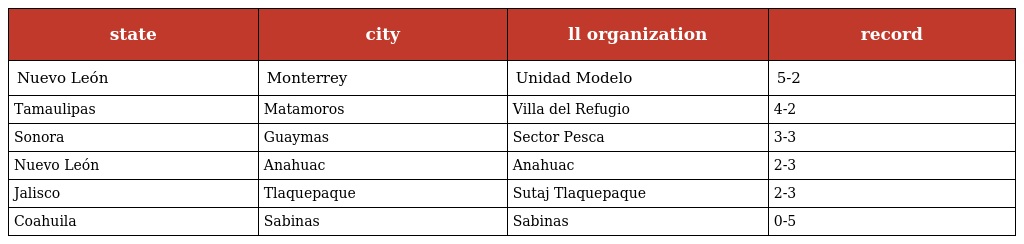
| state | city | ll organization | record |
 | --- | --- | --- | --- |
 | Nuevo León | Monterrey | Unidad Modelo | 5-2 |
 | Tamaulipas | Matamoros | Villa del Refugio | 4-2 |
 | Sonora | Guaymas | Sector Pesca | 3-3 |
 | Nuevo León | Anahuac | Anahuac | 2-3 |
 | Jalisco | Tlaquepaque | Sutaj Tlaquepaque | 2-3 |
 | Coahuila | Sabinas | Sabinas | 0-5 |